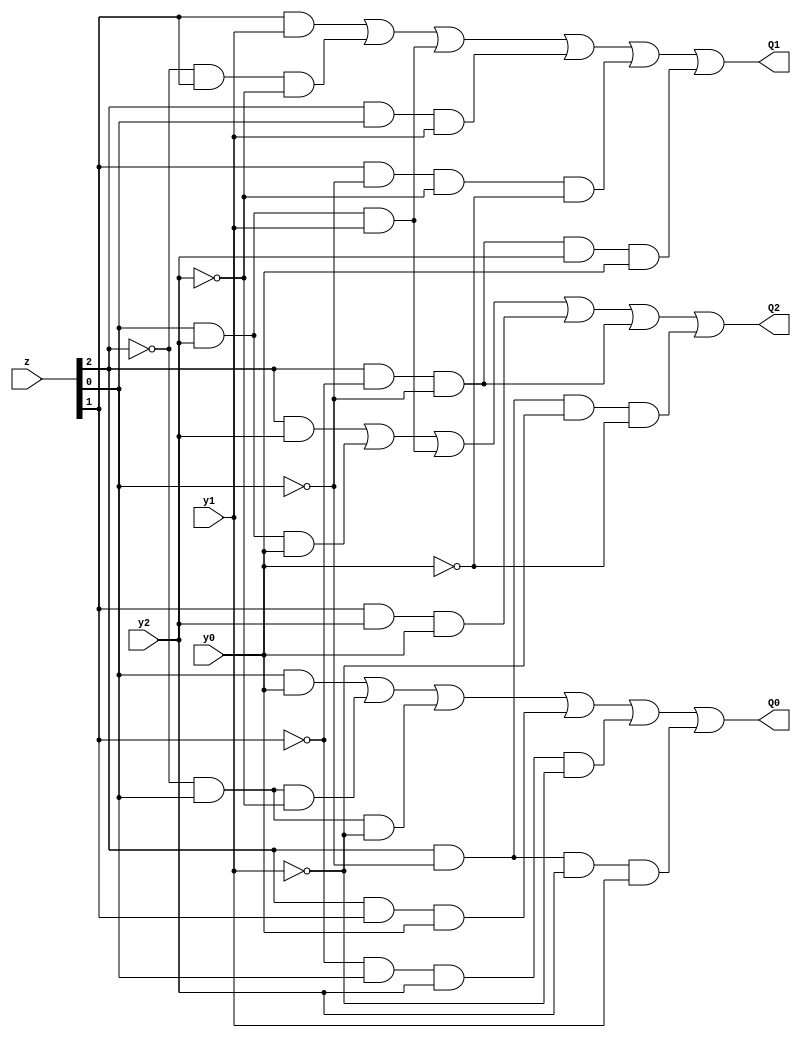
module NSL(y2, y1, y0, z, Q2, Q1, Q0);
     input y2, y1, y0;
	  input [2:0] z;
     output Q2, Q1, Q0;     
     assign Q2 = (z[2]&y2)|(z[0]&y2&y0)|(z[0]&y2&y1)|(z[1]&y2&y0)|(z[2]&~z[1]&~z[0])|(z[2]&~z[0]&~y1&~y0);
     assign Q1 = (z[1]&y1)|(~z[2]&z[1]&~y2)|(z[0]&y2&y1)|(z[2]&z[0]&y1)|(z[1]&~z[0]&~y2&~y0)|(z[2]&~z[1]&~z[0]&y2&y0);
     assign Q0 = (z[0]&y0)|(~z[2]&z[0]&~y2)|(~z[2]&z[0]&~y1)|(z[2]&z[1]&y0)|(~z[1]&z[0]&y2&~y1)|(z[2]&~z[0]&y2&y1);
endmodule